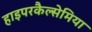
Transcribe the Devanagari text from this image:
हाइपरकैल्सेमिया